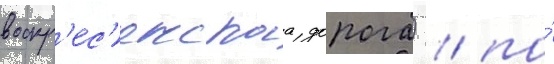
воскр'ес'енскаа дорога) / по́